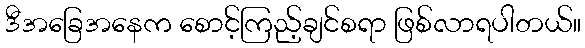
ဒီအခြေအနေက စောင့်ကြည့်ချင်စရာ ဖြစ်လာရပါတယ်။